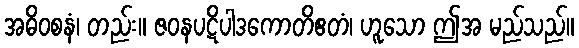
အဓိဝစနံ၊ တည်း။ ဇဝနပဋိပါဒကောတိဧတံ၊ ဟူသော ဤအ မည်သည်။